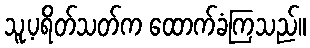
သူ့ပရိတ်သတ်က ထောက်ခံကြသည်။